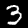
Label: 3